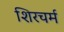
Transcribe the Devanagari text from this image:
शिरचर्म